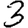
Digit: 3